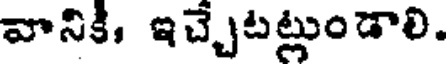
వానికి, ఇచ్చేటట్లుండాలి.